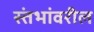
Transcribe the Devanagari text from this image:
स्तंभांवरील